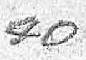
40